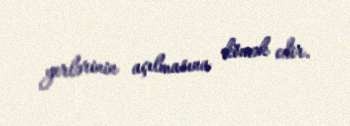
yerlərinin açılmasına kömək edir.